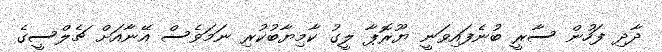
ދާދި ފަހުން ސާރީ ބުނެފައިވަނީ ޔޫރޮޕާ ލީގު ކާމިޔާބުކުރި ނަމަވެސް އޭނާއަށް ޗެލްސީގެ